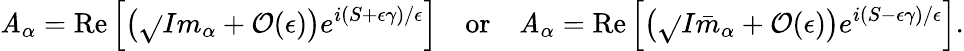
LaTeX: \mathit{A}_{\alpha}=\mathrm{{Re}}\left[\left(\sqrt{}{{I}}m_{\alpha}+\mathcal{{O}}(\epsilon)\right)e^{i(S+\epsilon\gamma)/\epsilon}\right]\quad\mathrm{{or}}\quad\mathit{A}_{\alpha}=\mathrm{{Re}}\left[\left(\sqrt{}{{I}}\bar{{m}}_{\alpha}+\mathcal{{O}}(\epsilon)\right)e^{i(S-\epsilon\gamma)/\epsilon}\right].